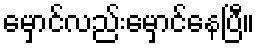
မှောင်လည်းမှောင်နေပြီ။